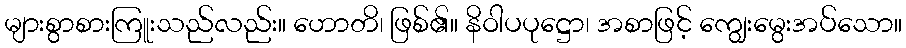
များစွာစားကြူးသည်လည်း။ ဟောတိ၊ ဖြစ်၏။ နိဝါပပုဋ္ဌော၊ အစာဖြင့် ကျွေးမွေးအပ်သော။